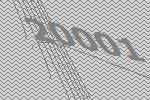
20001